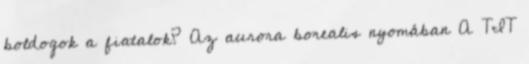
boldogok a fiatalok? Az aurora borealis nyomában A TIT